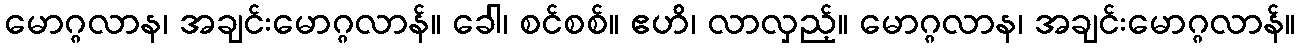
မောဂ္ဂလာန၊ အချင်းမောဂ္ဂလာန်။ ခေါ၊ စင်စစ်။ ဧဟိ၊ လာလှည့်။ မောဂ္ဂလာန၊ အချင်းမောဂ္ဂလာန်။